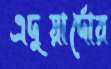
এদুয়ার্দোর